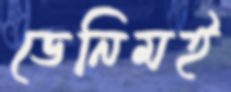
ডেনিমই